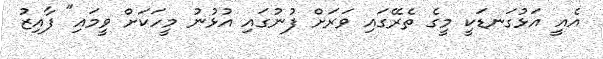
އެއީ އަޅުގަނޑަކީ މީގެ ތެރޭގައި ވަރަށް ފުނުގައި އުޅުނު މީހަކަށް ވީމައި" ފާއިޒު